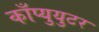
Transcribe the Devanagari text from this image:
काँप्युयुटर